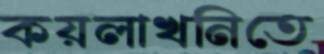
কয়লাখনিতে